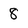
Character: 8